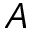
A